Lunatic asylums Bombay report 1891-1903 - 1891-1903
Year: 1891
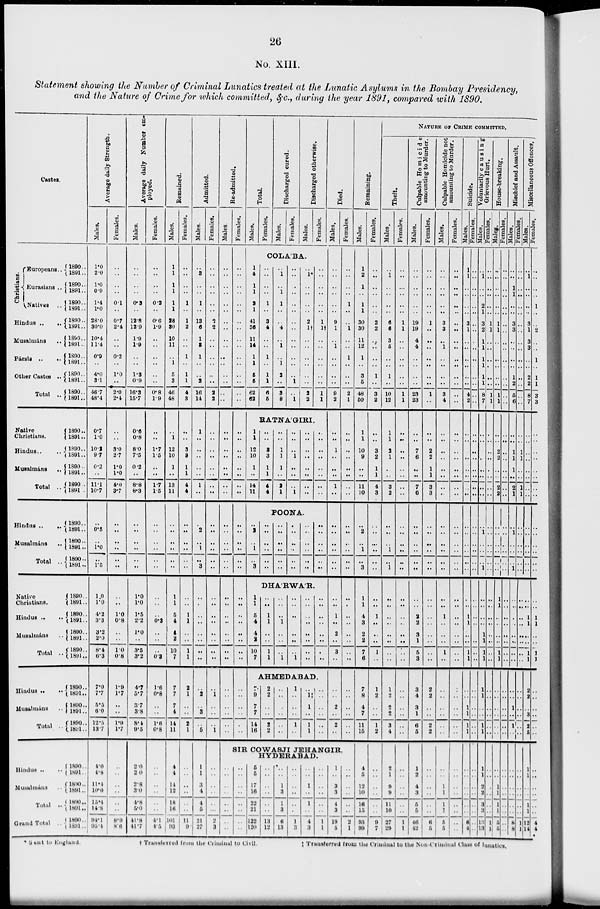
26
No. XIII.
Statement showing the Number of Criminal Lunatics treated at the Lunatic Asylums in the Bombay Presidency,
and the Nature of Crime for which committed, &c., during the year 1891, compared with 1890.
Castes.
Chrisstians.
Europeans ..
Eurasians ..
Natives ..
Hindus
..
..
Musalmáns ..
Pársis
..
..
Other Castes ..
Total
..
Native
Christians.
Hindus .. ..
Musalmáns
..
Total
..
Hindus
..
..
Musalmáns
..
Total ..
Native
Christians.
Hindus .. ..
Musalmáns ..
Total ..
Hindus
..
..
Musalmáns ..
Total ..
Hindus .. ..
Mubulmáns ..
Total ..
Grand Total ..
1890 ..
1891 ..
1890 ..
1891 ..
1890 ..
1891 ..
1890 ..
1891 ..
1890 ..
1891 ..
1890 ..
1891 ..
1890 ..
1891 ..
1890 ..
1891 ..
1890 ..
1891 ..
1890 ..
1891 ..
1890 ..
1891 ..
1890 ..
1891 ..
1890 ..
1891 ..
1890 ..
1891 ..
1890 ..
1891 ..
1890 ..
1891 ..
1890 ..
1891 ..
1890 ..
1891 ..
1890 ..
1891 ..
1890 ..
1891 ..
1890 ..
1891 ..
1890 ..
1891 ..
1890 ..
1891 ..
1890 ..
1891 ..
1890 ..
1891 ..
1890 ..
1891 ..
Average daily Strength.
Males.
1.0
2.0
1.0
0.9
1.4
1.0
28.0
30.0
10.4
11.4
0.9
..
4.0
3.1
46.7
48.4
0.7
1.0
10.2
9.7
0.2
..
11.1
10.7
..
0.5
..
1.0
..
1.5
1.0
1.0
4.2
3.3
3.2
2.0
8.4
6.3
7.0
7.7
5.5
6.0
12.5
13.7
4.0
4.8
11.4
10.0
15.4
14.8
94.1
95.4
Females.
..
..
..
..
0.1
..
0.7
2.4
..
..
0.2
..
1.0
..
2.0
2.4
..
..
3.0
2.7
1.0
1.0
4.0
3.7
..
..
..
..
..
..
..
..
1.0
0.8
..
..
1.0
0.8
1.9
1.7
..
..
1.9
1.7
..
..
..
..
..
..
8.9
8.6
Average daily Number em-
ployed.
Males.
..
..
..
..
0.3
..
12.8
12.9
1.9
1.9
..
..
1.3
0.9
16.3
15.7
0.6
0.8
8.0
7.5
0.2
..
8.8
8.3
..
..
..
..
..
..
1.0
1.0
1.5
2.2
1.0
..
3.5
3.2
4.7
5.7
3.7
3.8
8.1
9.5
2.0
2.0
2.8
3.0
4.8
5.0
41.8
41.7
Females.
..
..
..
..
0.2
..
0.6
1.9
..
..
..
..
..
..
0.8
1.9
..
..
1.7
1.5
..
..
1.7
1.5
..
..
..
..
..
..
..
..
..
0.3
..
..
..
0.3
1.6
0.8
..
..
1.6
0.8
..
..
..
..
..
..
4.1
4.5
Remained.
Males.
1
1
1
1
1
1
28
30
10
11
..
1
5
3
46
48
..
1
12
10
1
..
13
11
..
..
..
..
..
..
1
1
5
4
4
2
10
7
7
7
7
4
14
11
4
4
14
12
18
16
101
93
Females.
..
..
..
..
1
..
1
2
..
..
1
..
1
1
4
3
..
..
3
3
1
1
4
4
..
..
..
..
..
..
..
..
1
1
..
..
1
1
2
1
..
..
2
1
..
..
..
..
..
..
11
9
Admitted.
Males.
..
3
..
..
1
..
13
6
1
3
1
..
..
2
16
14
1
..
..
..
..
..
1
..
..
2
..
1
..
3
..
..
..
..
..
..
..
..
..
2
..
3
..
5
1
1
3
4
4
5
21
27
Females.
..
..
..
..
..
..
2
2
..
..
..
..
..
..
2
2
..
..
..
..
..
..
..
..
..
..
..
..
..
..
..
..
..
..
..
..
..
..
..
1
..
..
..
1
..
..
..
..
..
..
2
3
Re-admitted.
Males.
..
..
..
..
..
..
..
..
..
..
..
..
..
..
..
..
..
..
..
..
..
..
..
..
..
..
..
..
..
..
..
..
..
..
..
..
..
..
..
..
..
..
..
..
..
..
..
..
..
..
..
..
Females.
..
..
..
..
..
..
..
..
..
..
..
..
..
..
..
..
..
..
..
..
..
..
..
..
..
..
..
..
..
..
..
..
..
..
..
..
..
..
..
..
..
..
..
..
Total.
Males.
Females.
Discharged cured.
Males.
Females.
Discharged otherwise.
Males.
Females.
COLÁBA.
1
4
1
1
2
1
41
36
11
14
1
1
5
5
62
62
..
..
..
..
1
..
3
4
..
..
1
..
1
1
6
5
..
1
..
1
1
..
..
4
..
1
..
1
2
..
3
8
..
..
..
..
..
..
..
..
..
..
..
..
..
1
..
1
..
1*
..
..
..
..
2
1†
..
..
..
..
..
..
2
2
..
..
..
..
..
..
1
1†
..
..
..
..
..
..
1
1
RANÁGIRI.
1
1
12
10
1
..
14
11
..
2
..
1
..
3
1
1
5
4
4
2
10
7
..
..
3
3
1
1
4
4
..
..
..
..
..
..
..
..
1
1
1
..
2
1
..
..
..
1
..
..
..
1
..
..
..
..
..
..
..
..
..
..
..
..
..
..
..
..
POONA.
..
..
..
..
..
..
..
..
..
..
..
..
..
..
..
..
..
..
..
..
..
..
..
..
DHÁRWÁR.
..
..
1
1
..
..
1
1
..
..
..
1
..
..
..
1
..
..
..
..
..
..
..
1
..
..
..
..
..
..
..
..
..
..
..
..
..
..
..
..
AHMEDABAD.
7
9
7
7
14
16
2
2
..
..
2
2
..
..
..
..
..
..
1
..
..
..
1
..
..
1 ‡
1
..
1
1
..
..
..
..
..
..
Died.
Males.
..
..
..
..
..
..
9
1
..
1
..
..
..
..
9
2
..
..
1
..
..
..
1
..
..
..
..
..
..
..
..
..
1
..
2
..
3
..
..
..
2
..
2
..
Females.
..
..
..
..
1
..
..
1
..
..
1
..
..
..
2
1
..
..
..
..
..
..
..
..
..
..
..
..
..
..
..
..
..
..
..
..
..
..
..
..
..
..
..
..
SIR COWASJI JEHANGIR,
HYDERABAD.
..
..
..
..
..
..
..
..
5
5
17
16
22
21
122
120
..
..
..
..
..
..
13
12
..
..
1
3
1
3
6
13
..
..
..
..
..
..
1
3
..
..
1
..
1
..
4
3
..
..
..
..
..
..
1
..
1
..
3
3
4
3
19
5
..
..
..
..
..
..
2
1
Remaining.
Males.
1
2
1
..
1
1
30
30
11
12
1
..
3
5
48
50
1
1
10
9
..
..
11
10
..
2
..
1
..
3
1
1
4
3
2
2
7
6
7
8
4
7
11
15
4
5
12
10
16
15
93
99
Females.
..
..
..
..
..
..
2
2
..
..
..
..
1
..
3
2
..
..
3
2
1
1
4
3
..
..
..
..
..
..
..
..
1
..
..
..
1
..
1
2
..
..
1
2
..
..
..
..
..
..
9
7
NATURE OF CRIME COMMITTED.
Theft.
Males.
..
1
..
..
..
..
6
6
3
5
..
..
1
..
10
12
1
1
2
1
..
..
3
2
..
..
..
1
..
1
..
..
..
..
..
..
..
..
1
2
2
2
3
4
2
1
9
9
11
10
27
29
Females.
..
..
..
..
..
..
1
1
..
..
..
..
..
..
1
1
..
..
..
..
..
..
..
..
..
..
..
..
..
..
..
..
..
..
..
..
..
..
..
..
..
..
..
..
..
..
..
..
..
..
1
1
Culpable Homicide
amounting to Murder.
Males.
..
..
..
..
..
..
19
19
4
4
..
..
..
..
23
23
..
..
7
6
..
..
7
6
..
..
..
..
..
..
..
..
2
2
3
1
5
3
3
4
3
1
6
5
1
2
4
3
5
5
46
42
Females.
..
..
..
..
..
..
1
..
..
..
..
..
..
..
1
..
..
..
2
2
1
1
3
3
..
..
..
..
..
..
..
..
..
..
..
..
..
..
2
2
..
..
2
2
..
..
..
..
..
..
6
5
Culpable Homicide not
amounting to Murder.
Males.
..
..
..
..
..
..
3
3
..
1
..
..
..
..
3
4
..
..
..
..
..
..
..
..
..
..
..
..
..
..
..
..
1
..
..
..
1
..
..
..
..
..
..
..
..
..
1
1
1
1
5
5
Females.
..
..
..
..
..
..
..
..
..
..
..
..
..
..
..
..
..
..
..
..
..
..
..
..
..
..
..
..
..
..
..
..
..
..
..
..
..
..
..
..
..
..
..
..
..
..
..
..
..
..
..
..
Suicide.
Males.
1
1
..
..
..
..
3
1
..
..
..
..
..
..
4
2
..
..
..
..
..
..
..
..
..
..
..
..
..
..
..
..
1
1
..
..
1
1
..
..
1
1
1
1
..
..
..
..
..
..
6
4
Females.
..
..
..
..
..
..
..
..
..
..
..
..
..
..
..
..
..
..
..
..
..
..
..
..
..
..
..
..
..
..
..
..
..
..
..
..
..
..
..
..
..
..
..
..
..
..
..
..
..
..
..
..
Vol unt ar i
l
y caus i
ng
Males.
..
1
..
..
..
1
3
2
1
1
1
1
1
1
8
7
..
..
..
..
..
..
..
..
..
1
..
..
..
1
..
..
..
..
..
..
..
..
1
1
..
..
1
1
1
1
2
2
3
3
13
13
Grievous Hurt.
Females.
..
..
..
..
..
..
1
1
..
..
..
..
..
..
1
1
..
..
..
..
..
..
..
..
..
..
..
..
..
..
..
..
..
..
1
1
1
1
..
..
..
..
..
..
..
..
..
..
..
..
1
1
House-breaking.
Males.
..
..
..
..
..
..
1
1
..
..
..
..
..
..
1
1
..
..
..
2
2
..
..
2
2
..
..
..
..
..
..
..
..
..
..
..
..
..
..
..
..
..
..
..
..
..
..
1
1
1
1
5
5
Females.
..
..
..
..
..
..
..
..
..
..
..
..
..
..
..
..
..
..
..
..
..
..
..
..
..
..
..
..
..
..
1
1
..
..
..
..
1
1
..
..
..
..
..
..
..
..
..
..
..
..
..
..
Mischief and Assault.
Males.
..
..
..
1
..
..
3
3
..
..
..
..
..
..
5
6
..
..
1
1
1
..
2
1
..
1
..
..
..
1
..
..
..
..
..
..
..
..
..
..
1
..
1
..
..
..
..
..
..
..
8
8
Females.
..
..
..
..
..
..
..
..
..
..
..
..
..
..
..
..
..
..
1
1
..
..
1
1
..
..
..
..
..
..
..
..
..
..
..
..
..
..
..
..
..
..
..
..
..
..
..
..
..
..
1
1
Miscellaneous Offences.
Males.
..
1
..
..
..
..
3
1
3
3
..
..
2
2
8
7
..
..
..
..
..
..
..
..
..
..
..
..
..
..
..
..
1
1
..
..
1
1
2
2
..
3
2
5
1
1
..
..
1
1
12
14
Females.
..
..
..
..
1
..
..
2
..
..
1
..
1
1
3
3
..
..
..
..
..
..
..
..
..
..
..
..
..
..
..
..
1
1
..
..
1
1
..
..
..
..
..
..
..
..
..
..
..
..
4
4
* Sent to England
† Transferred from the Criminal to Civil.
‡ Transferred from the Criminal to the Non-Criminal Class of lunatics.